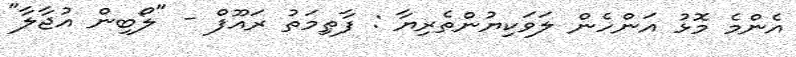
އެންމެ މޮޅު އަންހެން ލަވަކިޔުންތެރިޔާ : ފާޠިމަތު ރައޫފް - "ލޯބިން އުޖާލާ"